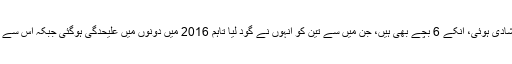
انجلینا جولی نے 2012 ءمیں منگنی کی، 2014 میں دونوں کی شادی ہوئی، انکے 6 بچے بھی ہیں، جن میں سے تین کو انہوں نے گود لیا تاہم 2016 میں دونوں میں علیحدگی ہوگئی جبکہ اس سے اگلے سال میں طلاق کے ساتھ دونوں کا 12 سالہ تعلق ختم ہو گیا۔